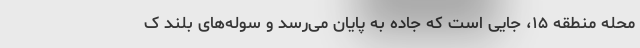
محله منطقه ۱۵، جایی است که جاده به پایان می‌رسد و سوله‌های بلند ک